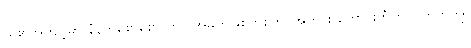
သူ၏အကျင့်မှာ နံနက်စောစော တွင် အမတ်ဖြစ်ကစတိုင်အတိုင်း တောင်းဘီတို၊ ဗိုက်ကကျွဲ၊